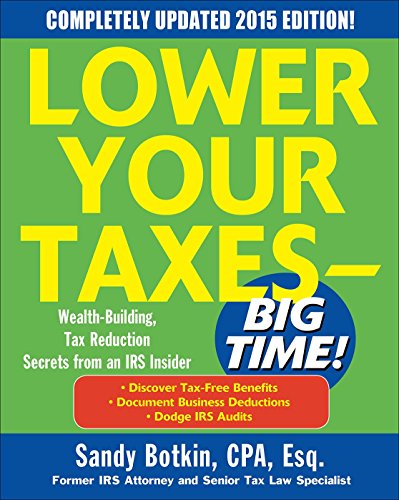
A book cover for Lower Your Taxes - BIG TIME! 2015 Edition: Wealth Building, Tax Reduction Secrets from an IRS Insider; Sandy Botkin; Business & Money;